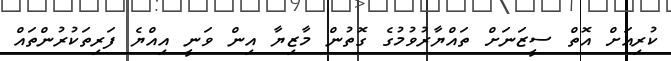
ކުރިއަށް އޮތް ސީޒަނަށް ތައްޔާރުވުމުގެ ގޮތުން މާޒިޔާ އިން ވަނީ އިއްޔެ ފަރިތަކުރުންތައް